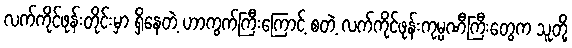
လက်ကိုင်ဖုန်းတိုင်းမှာ ရှိနေတဲ့ ဟာကွက်ကြီးကြောင့် စတဲ့ လက်ကိုင်ဖုန်းကုမ္ပဏီကြီးတွေက သူတို့